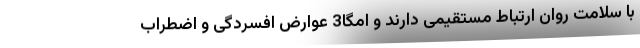
با سلامت روان ارتباط مستقیمی دارند و اُمگا3 عوارض افسردگی و اضطراب